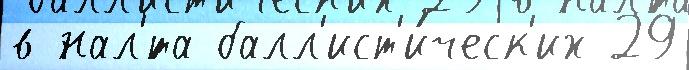
в нал'́та балл'ист'и́ческ'их 29